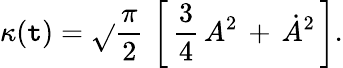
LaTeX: \kappa(\mathtt{t})=\sqrt{}{{{\frac{{\pi}}{{2}}}}}\, \left[\, {\frac{{3}}{{4}}}\, A^{2}\, +\, \dot{{A}}^{2}\, \right].